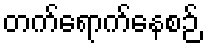
တက်ရောက်နေစဉ်